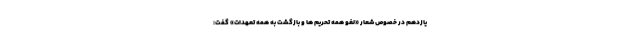
یازدهم در خصوص شعار «لغو همه تحریم ها و بازگشت به همه تعهدات» گفت: